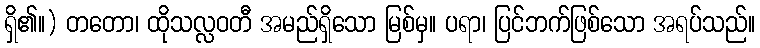
ရှိ၏။) တတော၊ ထိုသလ္လဝတီ အမည်ရှိသော မြစ်မှ။ ပရာ၊ ပြင်ဘက်ဖြစ်သော အရပ်သည်။